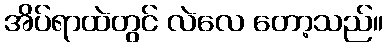
အိပ်ရာထဲတွင် လဲလေ တော့သည်။